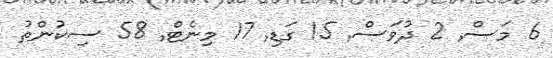
6 މަސް